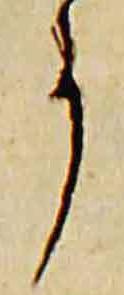
事